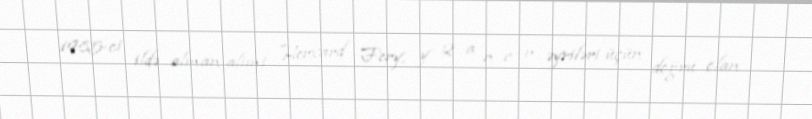
1985-ci ildə alman alimi Herxard Fery, y 2 a n c n əyriləri üçün doğru olan